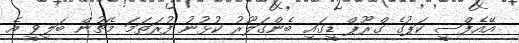
އޭއެފްސީ ކަޕުގެ ގްރޫޕް ޑީގައި ބެންގަލޫރު ކުޅުނު ފުރަތަމަ މެޗުން ބަލިވީ އެ